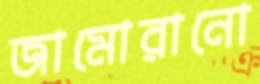
জামোরানো